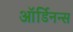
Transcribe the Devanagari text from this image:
ऑर्डिनन्स